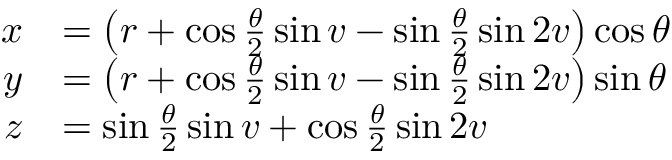
{ \begin{array} { r l } { x } & { = \left( r + \cos { \frac { \theta } { 2 } } \sin v - \sin { \frac { \theta } { 2 } } \sin 2 v \right) \cos \theta } \\ { y } & { = \left( r + \cos { \frac { \theta } { 2 } } \sin v - \sin { \frac { \theta } { 2 } } \sin 2 v \right) \sin \theta } \\ { z } & { = \sin { \frac { \theta } { 2 } } \sin v + \cos { \frac { \theta } { 2 } } \sin 2 v } \end{array} }